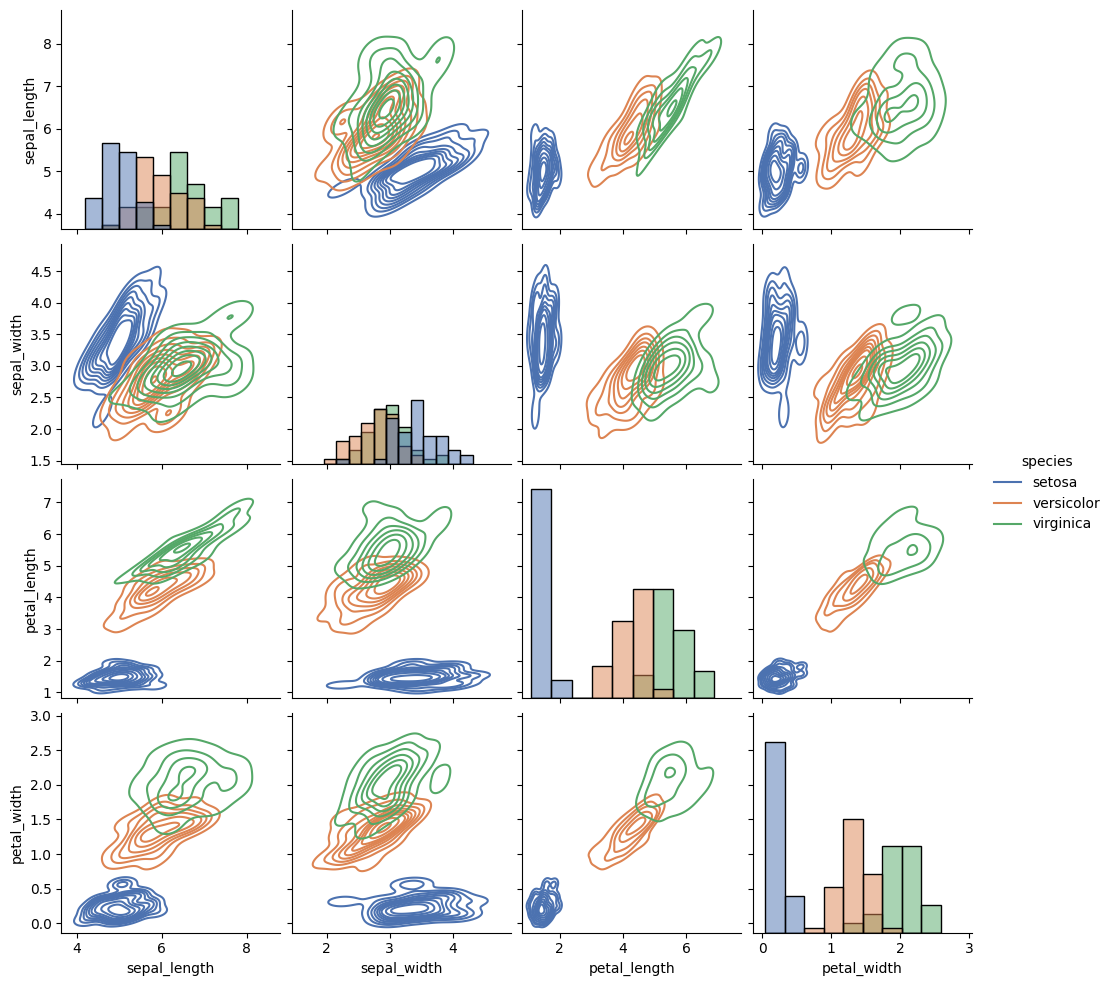
python, seaborn, pairplot, palette='deep', markers=['o', 's', 'D'], kind='kde', diag_kind='hist'